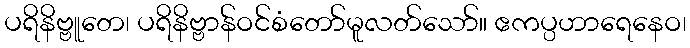
ပရိနိဗ္ဗူတေ၊ ပရိနိဗ္ဗာန်ဝင်စံတော်မူလတ်သော်။ ဧကပ္ပဟာရေနေဝ၊